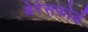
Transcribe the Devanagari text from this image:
बेरेसफोर्ड